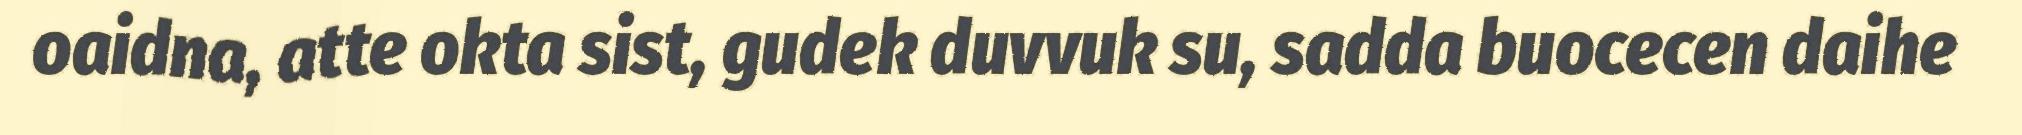
oaidna, atte okta sist, gudek duvvuk su, sadda buocecen daihe